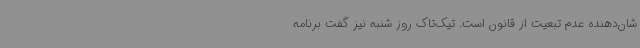
شان‌دهنده عدم تبعیت از قانون است. تیک‌تاک روز شنبه نیز گفت برنامه